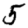
Digit: 5